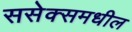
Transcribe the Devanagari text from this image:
ससेक्समधील